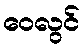
ဝေလွင်